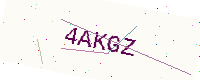
Text: 4AKGZ